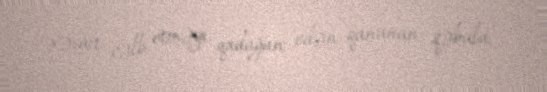
vəsait cəlb etməyi qadağan edən qanunun qəbulu.